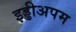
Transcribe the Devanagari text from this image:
इड्डीअपम